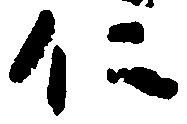
仁